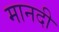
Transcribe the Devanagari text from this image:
मानदी